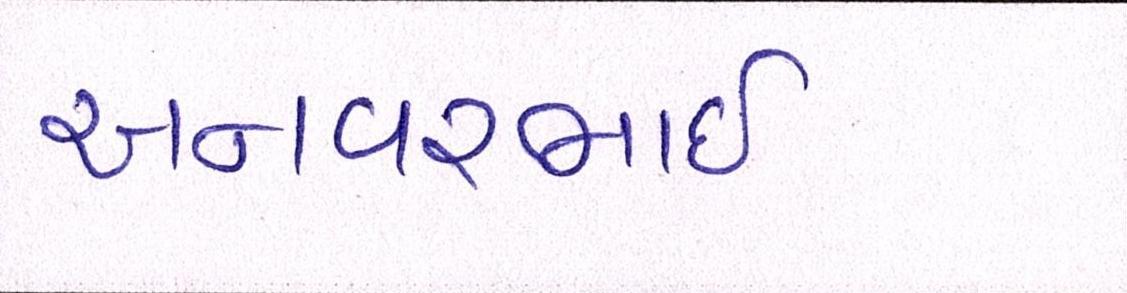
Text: અનવરભાઈ